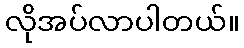
လိုအပ်လာပါတယ်။